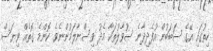
ހިތުގައި އޭގެ ސަބަބުން އުފެދިދާނެ ސުވާލުތަކާ މެދު ވިސްނާލަމުންނެވެ. ކޮންމެ ގޮތެއް ވިޔަސް